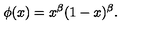
\phi ( x ) = x ^ { \beta } ( 1 - x ) ^ { \beta } .